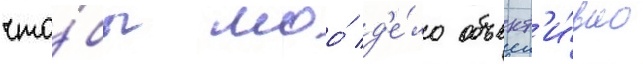
что́бы моо́ д'е́ло объект'и́вно